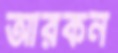
আরকন